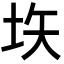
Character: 垁